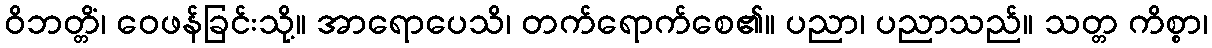
ဝိဘတ္တိံ၊ ဝေဖန်ခြင်းသို့။ အာရောပေသိ၊ တက်ရောက်စေ၏။ ပညာ၊ ပညာသည်။ သတ္တ ကိစ္စာ၊